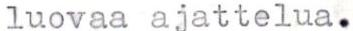
luovaa ajattelua.